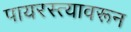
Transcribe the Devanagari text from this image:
पायरस्त्यावरून